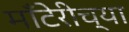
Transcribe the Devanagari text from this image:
माँटेरीच्या